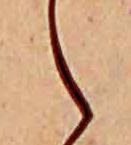
ら